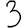
Digit: 3